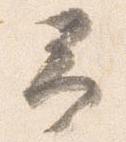
予